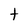
Character: t